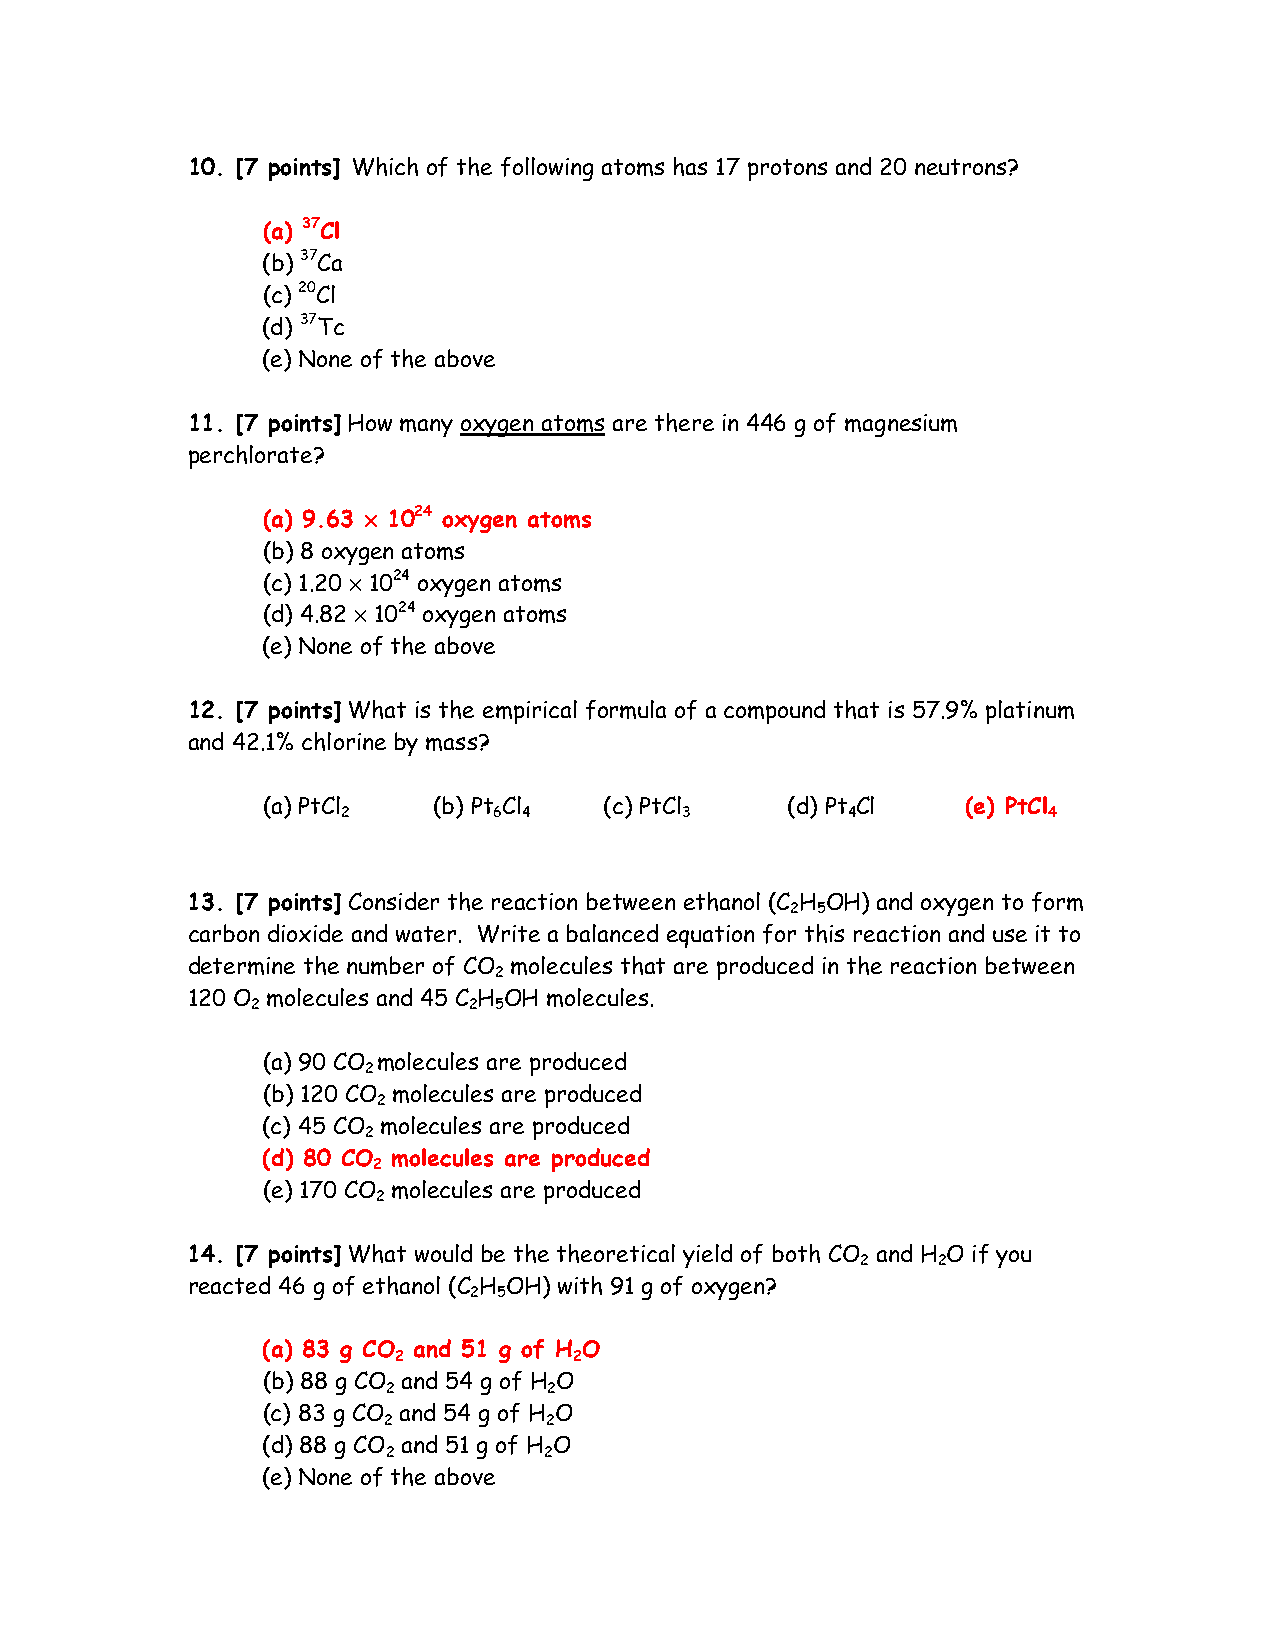
10. [7 points] Which of the following atoms has 17 protons and 20 neutrons?
 (a) 37Cl
 (b) 37Ca
 (c) 20Cl
 (d) 37Tc
 (e) None of the above
 11. [7 points] How many oxygen atoms are there in 446 g of magnesium
 perchlorate?
 (a) 9.63 ×××× 1024 oxygen atoms
 (b) 8 oxygen atoms
 (c) 1.20 × 1024 oxygen atoms
 (d) 4.82 × 1024 oxygen atoms
 (e) None of the above
 12. [7 points] What is the empirical formula of a compound that is 57.9% platinum
 and 42.1% chlorine by mass?
 (a) PtCl    (b) Pt Cl  (c) PtCl    (d) Pt Cl   (e) PtCl
 2         6 4         3          4            4
 13. [7 points] Consider the reaction between ethanol (C H OH) and oxygen to form
 2 5
 carbon dioxide and water. Write a balanced equation for this reaction and use it to
 determine the number of CO molecules that are produced in the reaction between
 2
 120 O molecules and 45 C H OH molecules.
 2             2 5
 (a) 90 CO molecules are produced
 2
 (b) 120 CO molecules are produced
 2
 (c) 45 CO molecules are produced
 2
 (d) 80 CO molecules are produced
 2
 (e) 170 CO molecules are produced
 2
 14. [7 points] What would be the theoretical yield of both CO and H O if you
 2    2
 reacted 46 g of ethanol (C H OH) with 91 g of oxygen?
 2 5
 (a) 83 g CO and 51 g of H O
 2           2
 (b) 88 g CO and 54 g of H O
 2         2
 (c) 83 g CO and 54 g of H O
 2          2
 (d) 88 g CO and 51 g of H O
 2         2
 (e) None of the above